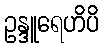
ဥန္ဒူရေဟိပိ